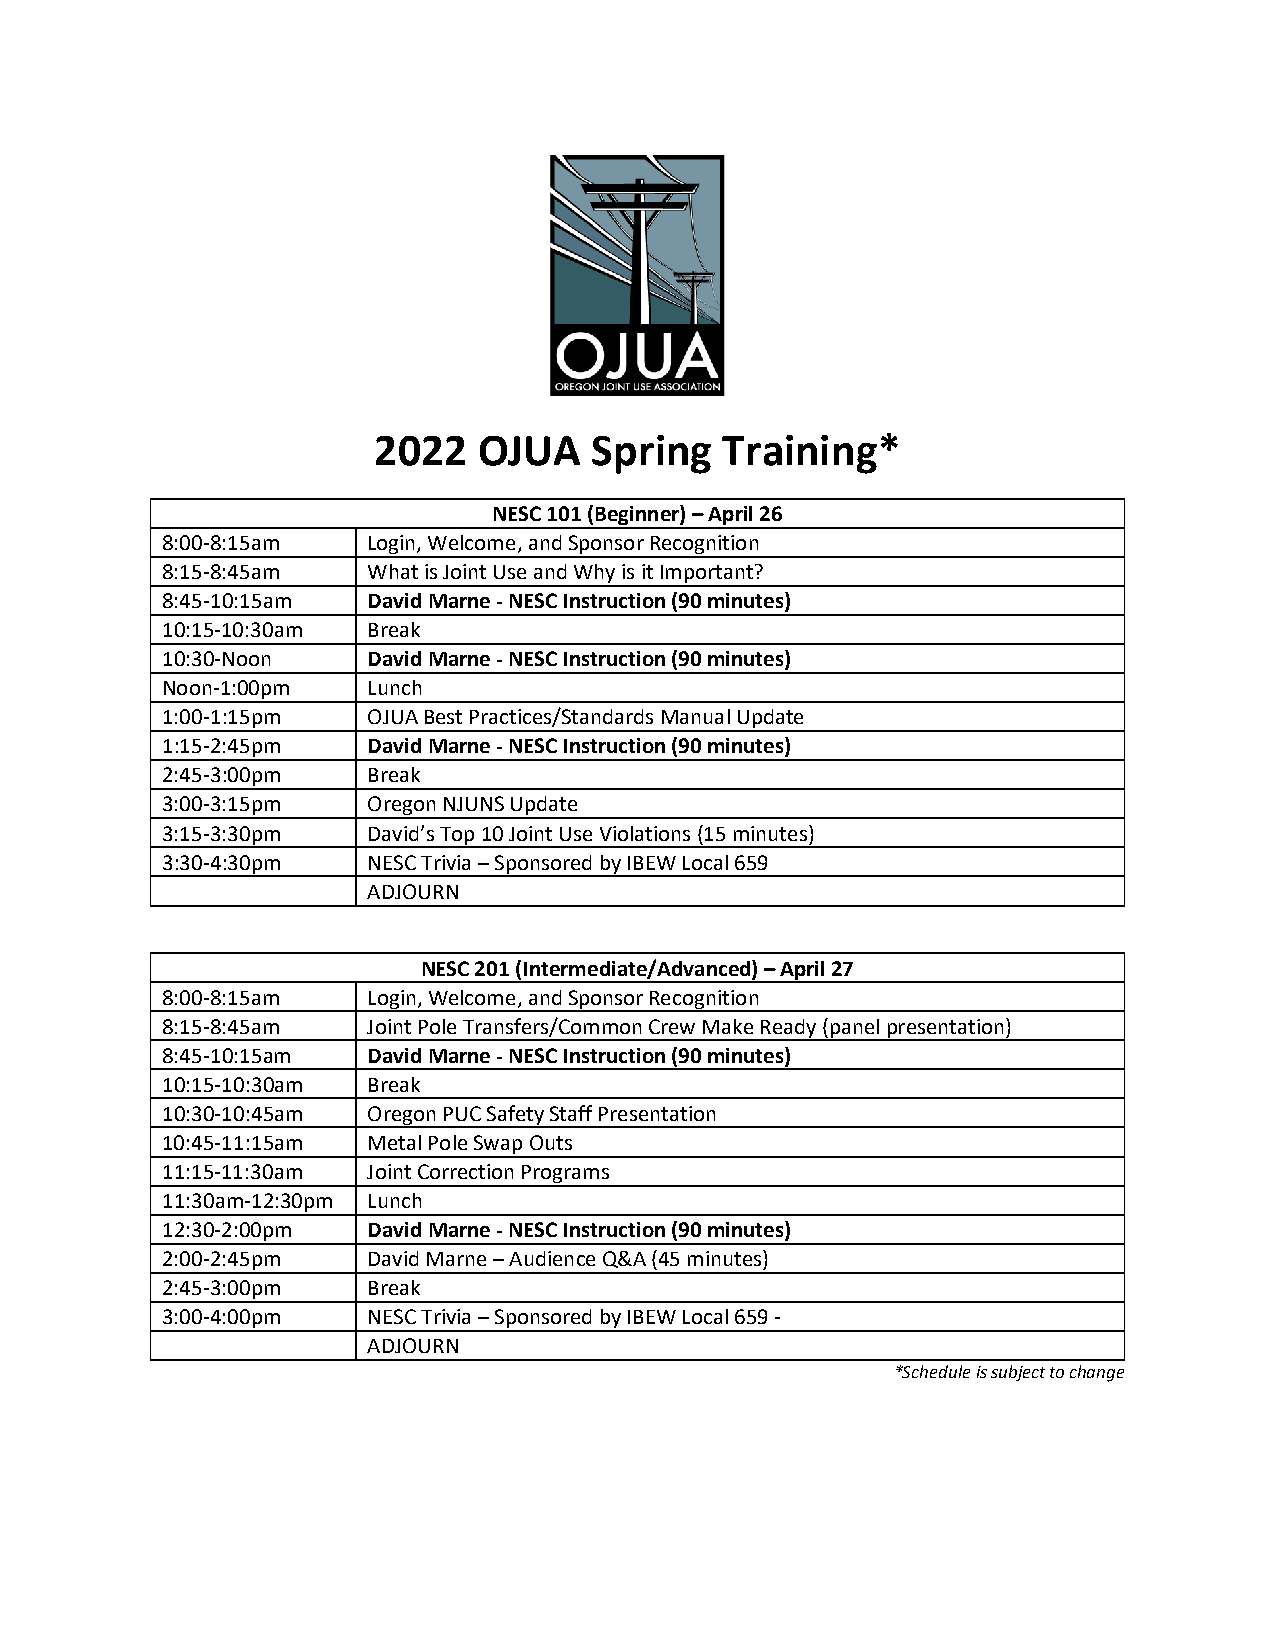
2022   OJUA   Spring   Training*
 NESC 101 (Beginner) – April 26
 8:00-8:15am  Login, Welcome, and Sponsor Recognition
 8:15-8:45am  What is Joint Use and Why is it Important?
 8:45-10:15am David Marne - NESC Instruction (90 minutes)
 10:15-10:30am Break
 10:30-Noon   David Marne - NESC Instruction (90 minutes)
 Noon-1:00pm  Lunch
 1:00-1:15pm  OJUA Best Practices/Standards Manual Update
 1:15-2:45pm  David Marne - NESC Instruction (90 minutes)
 2:45-3:00pm  Break
 3:00-3:15pm  Oregon NJUNS Update
 3:15-3:30pm  David’s Top 10 Joint Use Violations (15 minutes)
 3:30-4:30pm  NESC Trivia – Sponsored by IBEW Local 659
 ADJOURN
 NESC 201 (Intermediate/Advanced) – April 27
 8:00-8:15am  Login, Welcome, and Sponsor Recognition
 8:15-8:45am  Joint Pole Transfers/Common Crew Make Ready (panel presentation)
 8:45-10:15am David Marne - NESC Instruction (90 minutes)
 10:15-10:30am Break
 10:30-10:45am Oregon PUC Safety Staff Presentation
 10:45-11:15am Metal Pole Swap Outs
 11:15-11:30am Joint Correction Programs
 11:30am-12:30pm Lunch
 12:30-2:00pm David Marne - NESC Instruction (90 minutes)
 2:00-2:45pm  David Marne – Audience Q&A (45 minutes)
 2:45-3:00pm  Break
 3:00-4:00pm  NESC Trivia – Sponsored by IBEW Local 659 -
 ADJOURN
 *Schedule is subject to change